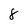
Character: 8